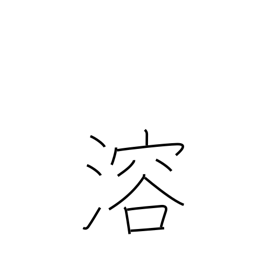
Meaning: thaw